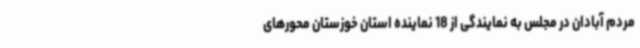
مردم آبادان در مجلس به نمایندگی از 18 نماینده استان خوزستان محورهای